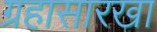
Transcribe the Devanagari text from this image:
ग्रहासारखा